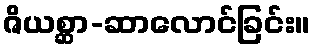
ဇိယစ္ဆာ-ဆာလောင်ခြင်း။